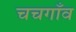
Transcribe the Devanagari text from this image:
चचगाँव